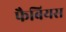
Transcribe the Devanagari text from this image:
फैबियस